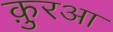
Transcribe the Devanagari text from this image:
क़ु़रआ